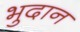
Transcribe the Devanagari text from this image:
भुदान